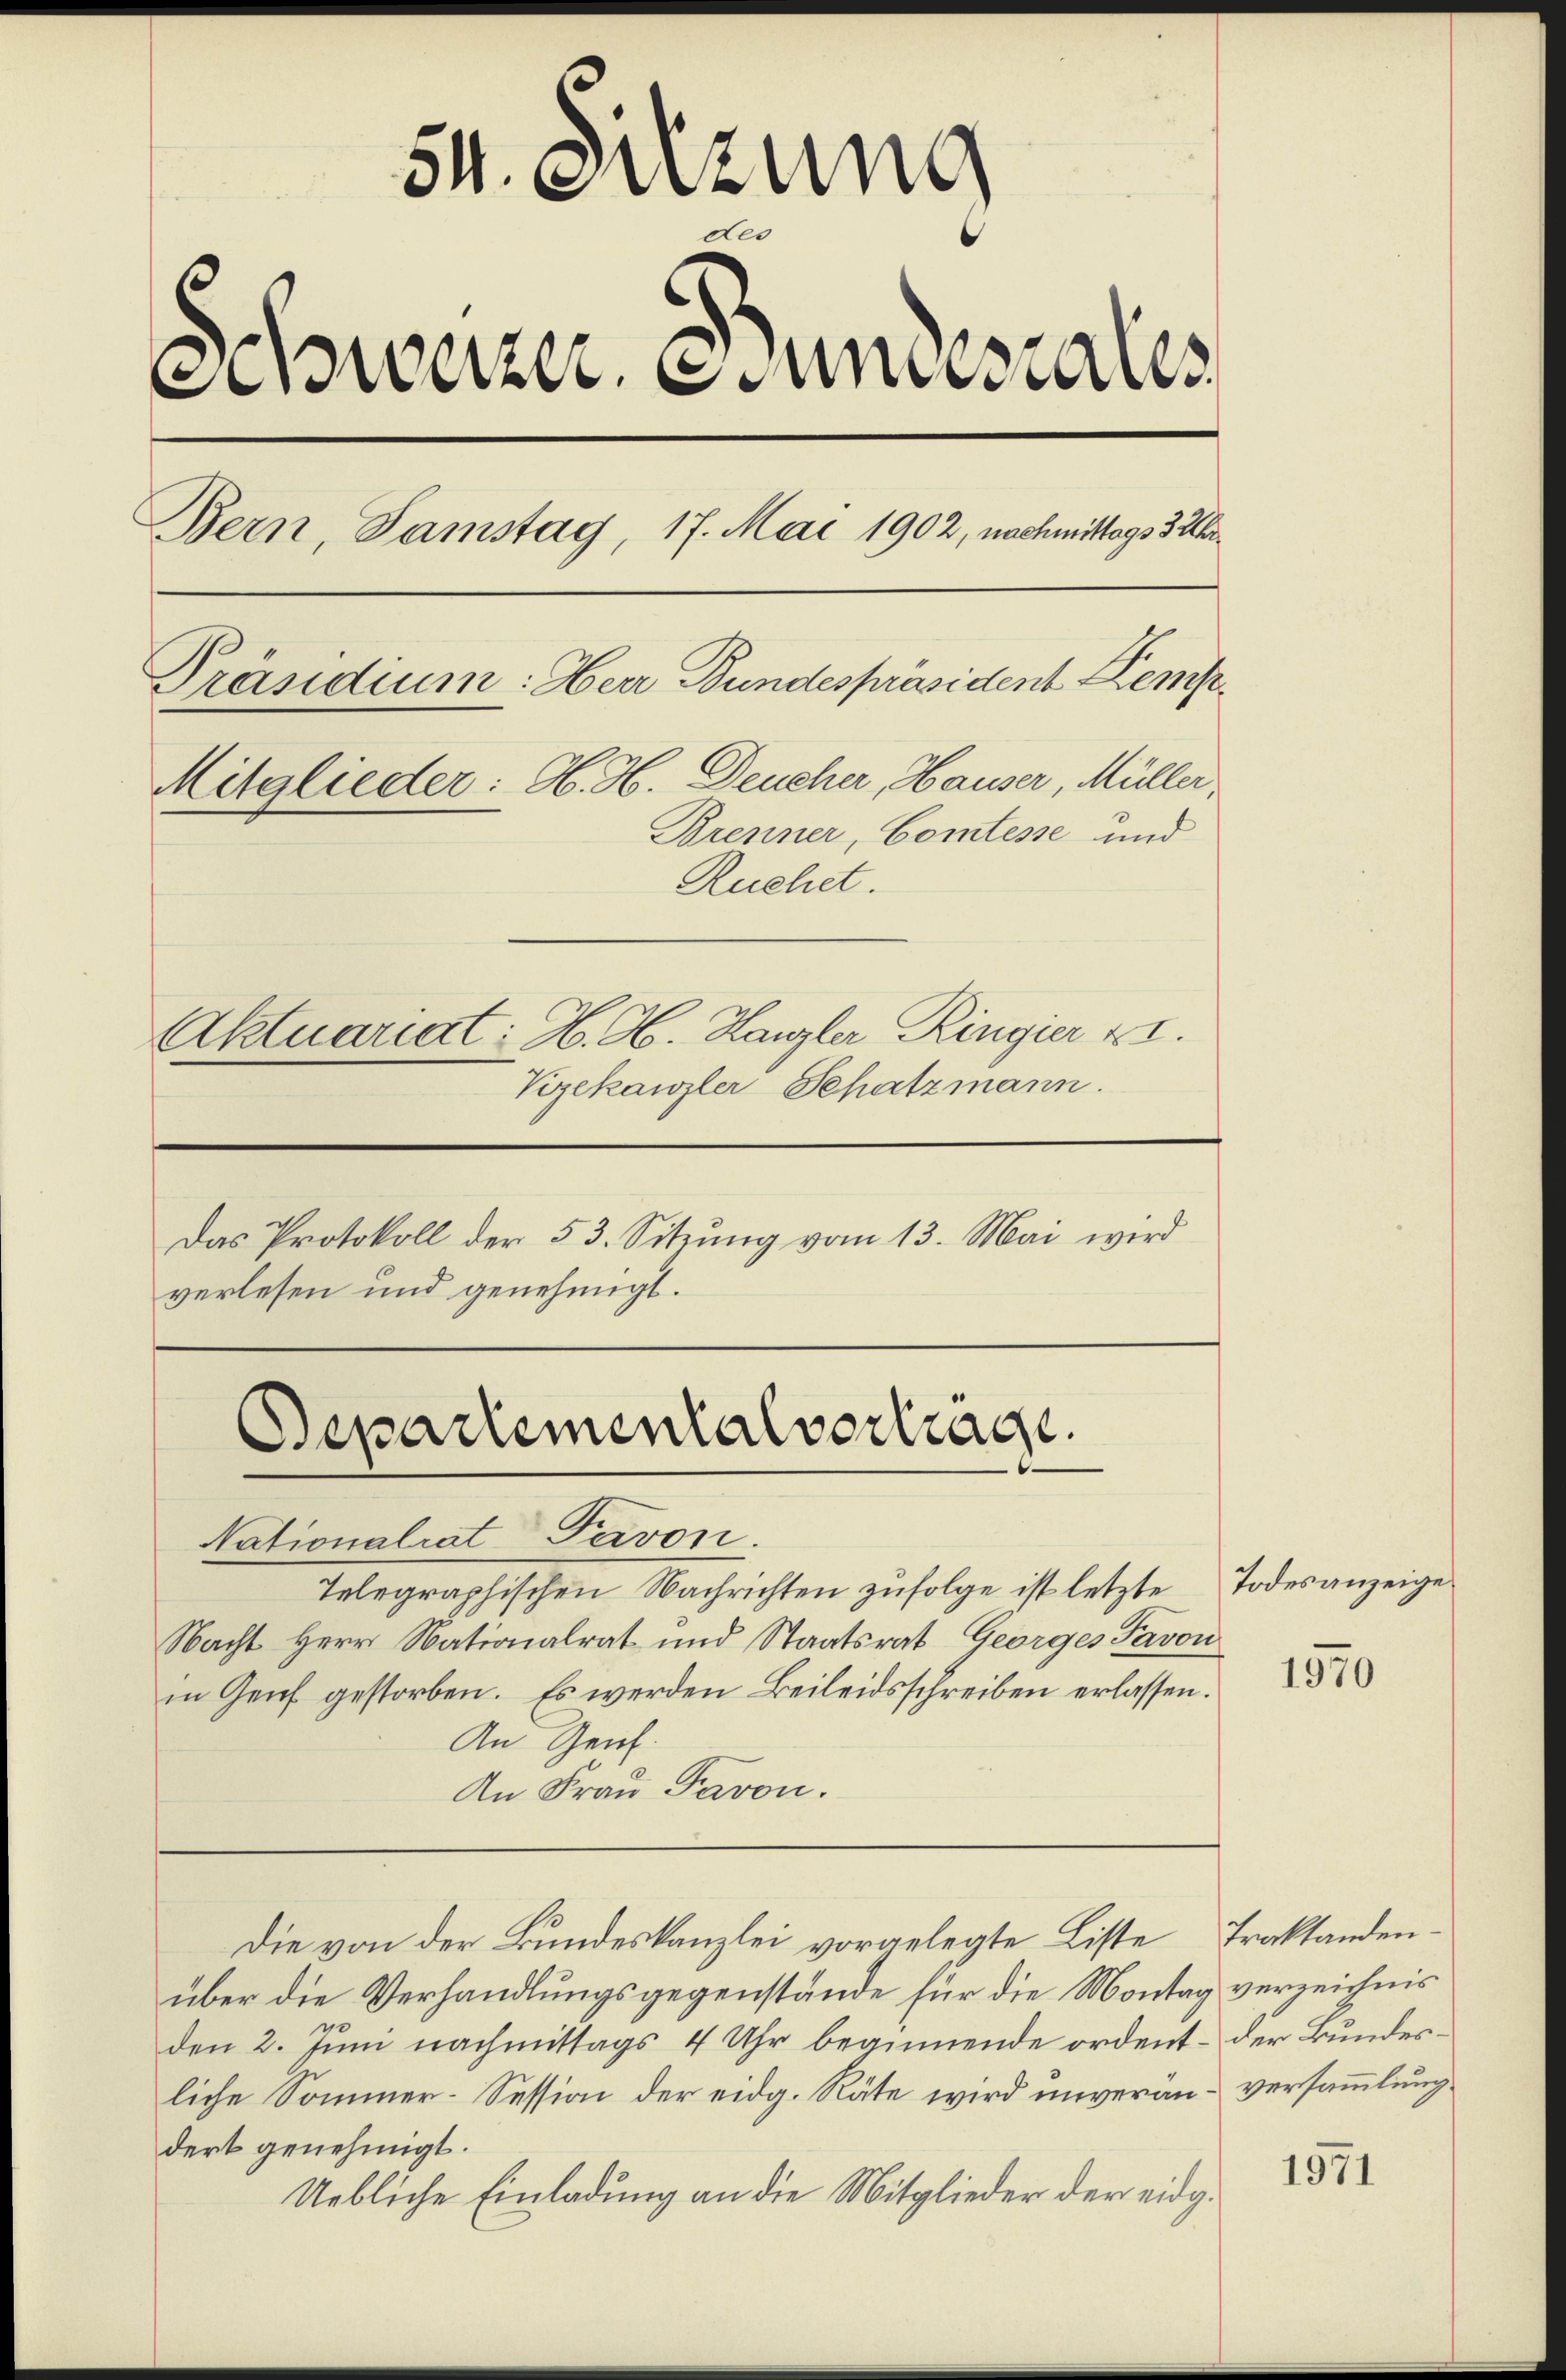
54. Sitzung
0
warzen uns als
Bern, Samstag, 17. Mai 1902, nachmittags 3 Uhr
Präsidium: Herr Bundespräsident Kemp¬
Mitglieder: H. H. Deucher, Hauser, Müller,
Brenner, Comtesse und
Ruchet.
Aktuariat: H. H. Kanzler Ringier XI.
Vizekanzler Schatzmann.
Das Protokoll der 53. Sitzung vom 13. Mai wird
verlesen und genehmigt.

Departementalverträge.

Nationalrat Pavon.
Telegraphischen Nachrichten zufolge ist letzte Todesanzeige
Nacht Herr Nationalrat und Staatsrat Georges Favon
in Genf gestorben. Es werden Beileidsschreiben erlassen.
An Genf.
An Frau Pavon.

Die von der Bundeskanzlei vorgelegte Liste Traktanden¬

über die Verhandlungsgegenstände für die Montag verzeichnis
den 2. Juni nachmittags 4 Uhr beginnende ordent - der Bundesliche Sommer-Session der eidg. Räte wird unverän-versammlung
dert genehmigt.
Uebliche Einladung an die Mitglieder der eidg.

1970

1971